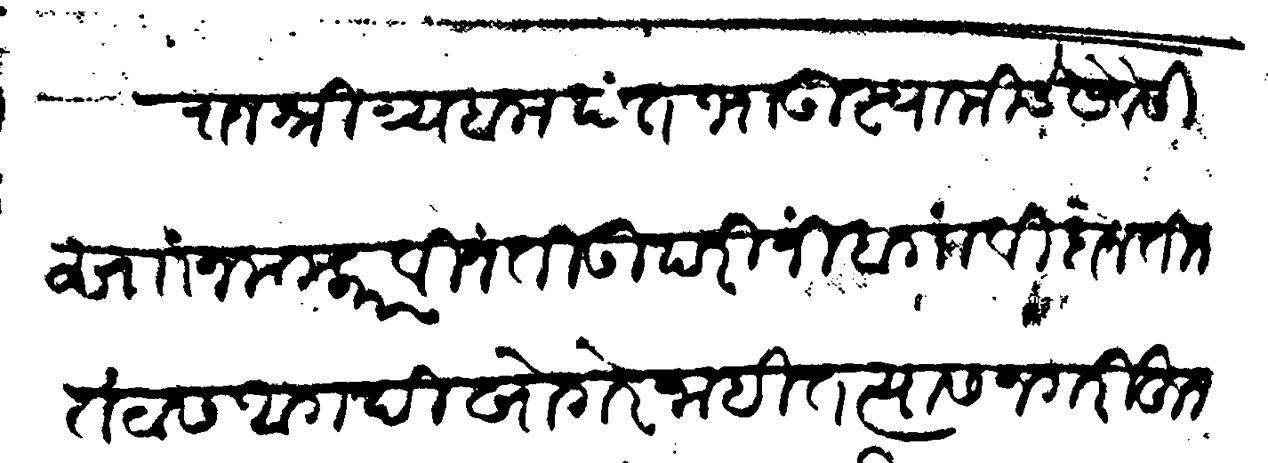
Transliteration (Devanagari): राजश्री त्र्यंबकपंत भाऊ स्वामीचे सेवेसी सां नमस्कार विनंती उपरी निबगांवी दोन तीन तटास आगदी खोगरे नाहीत त्यास नगरीहून